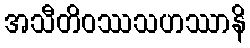
အသီတိဝဿသဟဿာနိ